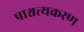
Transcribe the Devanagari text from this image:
पाश्चत्यकरण